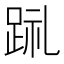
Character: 𲃤